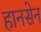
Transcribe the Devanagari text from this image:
हानसेन